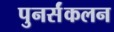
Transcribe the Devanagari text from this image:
पुनर्संकलन